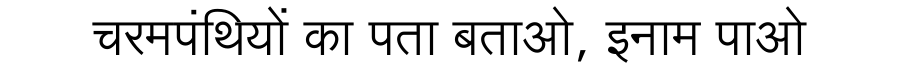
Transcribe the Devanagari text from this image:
चरमपंथियों का पता बताओ, इनाम पाओ